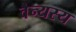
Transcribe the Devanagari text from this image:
वैन्यस्य